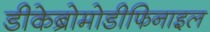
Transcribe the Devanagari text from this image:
डीकेब्रोमोडीफिनाइल